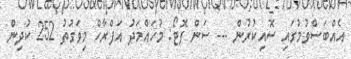
އެއްބަސްވުމުގައި ސޮއިކުރުން --- ސަން ފޮޓޯ: މުހައްމަދު އަފްރާހް މިވަގުތު 252 ކުދިން